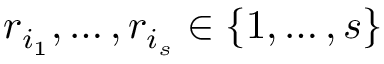
r _ { i _ { 1 } } , \hdots , r _ { i _ { s } } \in \{ 1 , \hdots , s \}